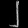
Digit: ၂